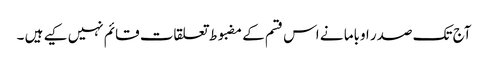
آج تک صدر اوباما نے اس قسم کے مضبوط تعلقات قائم نہیں کیے ہیں ۔